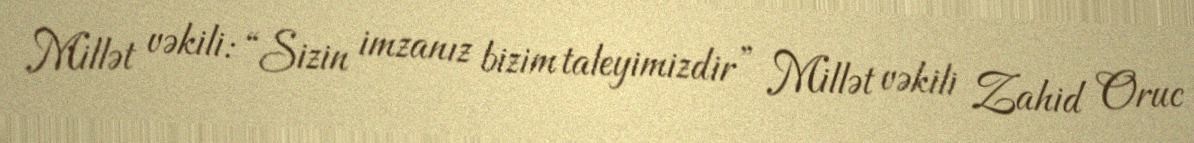
Millət vəkili: “Sizin imzanız bizim taleyimizdir” Millət vəkili Zahid Oruc